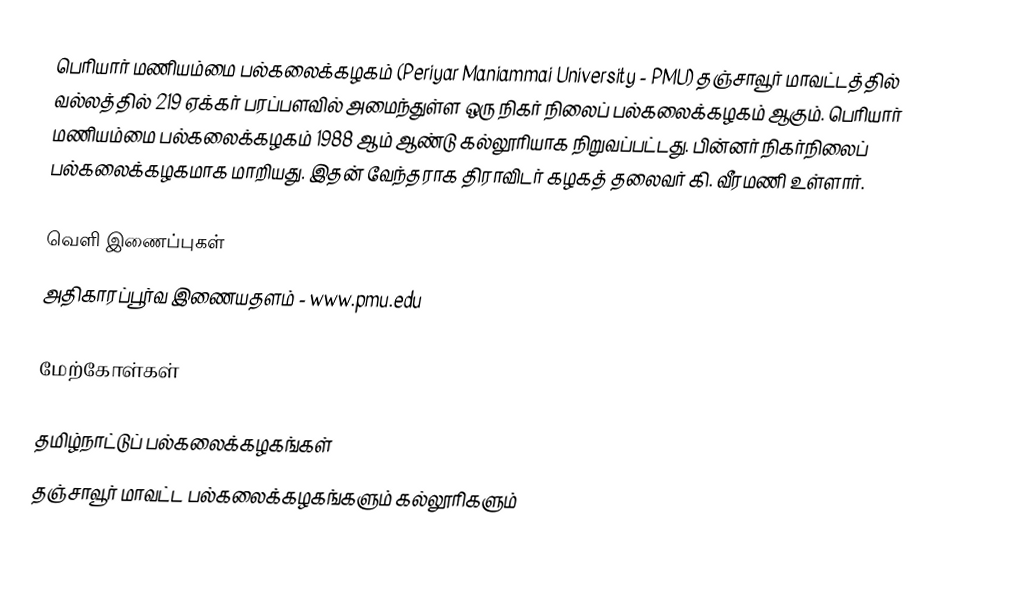
பெரியார் மணியம்மை பல்கலைக்கழகம்  (Periyar Maniammai University - PMU) தஞ்சாவூர் மாவட்டத்தில்  வல்லத்தில் 219 ஏக்கர் பரப்பளவில் அமைந்துள்ள ஒரு நிகர் நிலைப் பல்கலைக்கழகம் ஆகும். பெரியார் மணியம்மை பல்கலைக்கழகம் 1988 ஆம் ஆண்டு கல்லூரியாக நிறுவப்பட்டது. பின்னர் நிகர்நிலைப் பல்கலைக்கழகமாக மாறியது. இதன் வேந்தராக திராவிடர் கழகத் தலைவர் கி. வீரமணி உள்ளார்.

வெளி இணைப்புகள்
அதிகாரப்பூர்வ இணையதளம் - www.pmu.edu

மேற்கோள்கள்

தமிழ்நாட்டுப் பல்கலைக்கழகங்கள்
தஞ்சாவூர் மாவட்ட பல்கலைக்கழகங்களும் கல்லூரிகளும்